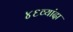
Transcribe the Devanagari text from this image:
४६व्यांदा